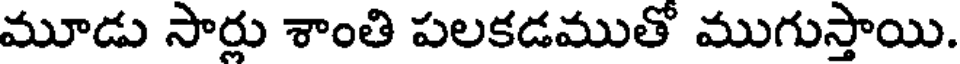
మూడు సార్లు శాంతి పలకడముతో ముగుస్తాయి.